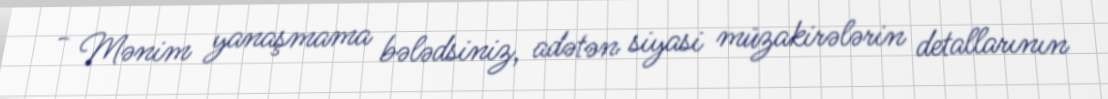
- Mənim yanaşmama bələdsiniz, adətən siyasi müzakirələrin detallarının